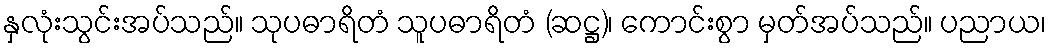
နှလုံးသွင်းအပ်သည်။ သုပဓာရိတံ သူပဓာရိတံ (ဆဋ္ဌ)၊ ကောင်းစွာ မှတ်အပ်သည်။ ပညာယ၊